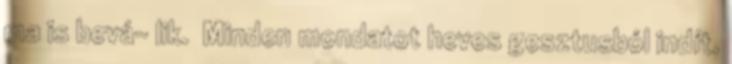
ma is bevá- lik. Minden mondatot heves gesztusból indít.